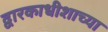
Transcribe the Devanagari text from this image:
द्वारकाधीशाच्या